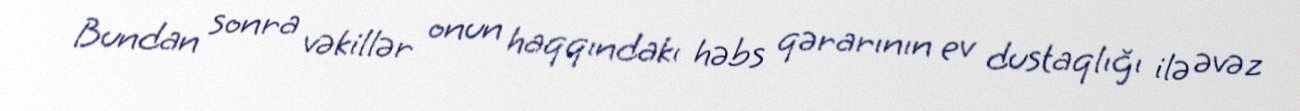
Bundan sonra vəkillər onun haqqındakı həbs qərarının ev dustaqlığı ilə əvəz